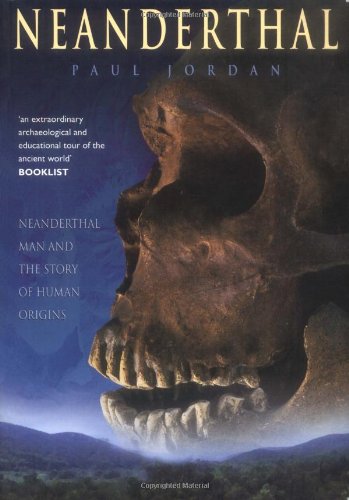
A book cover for Neanderthal: Neanderthal Man and the Story of Human Origins; Paul Jordan; History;